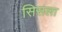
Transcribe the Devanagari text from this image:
सिसला